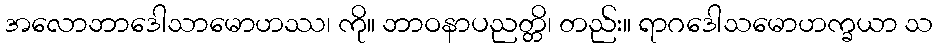
အလောဘာဒေါသာမောဟဿ၊ ကို။ ဘာဝနာပညတ္တိ၊ တည်း။ ရာဂဒေါသမောဟက္ခယာ သ